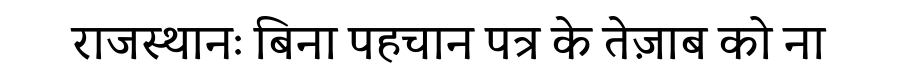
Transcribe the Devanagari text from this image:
राजस्थानः बिना पहचान पत्र के तेज़ाब को ना